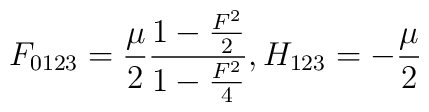
F_{0123} = {\mu \over 2} { {1 - {F^2 \over 2}} \over { 1 - {F^2 \over 4}}} , H_{123} =  -{\mu \over 2}